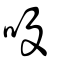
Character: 吺